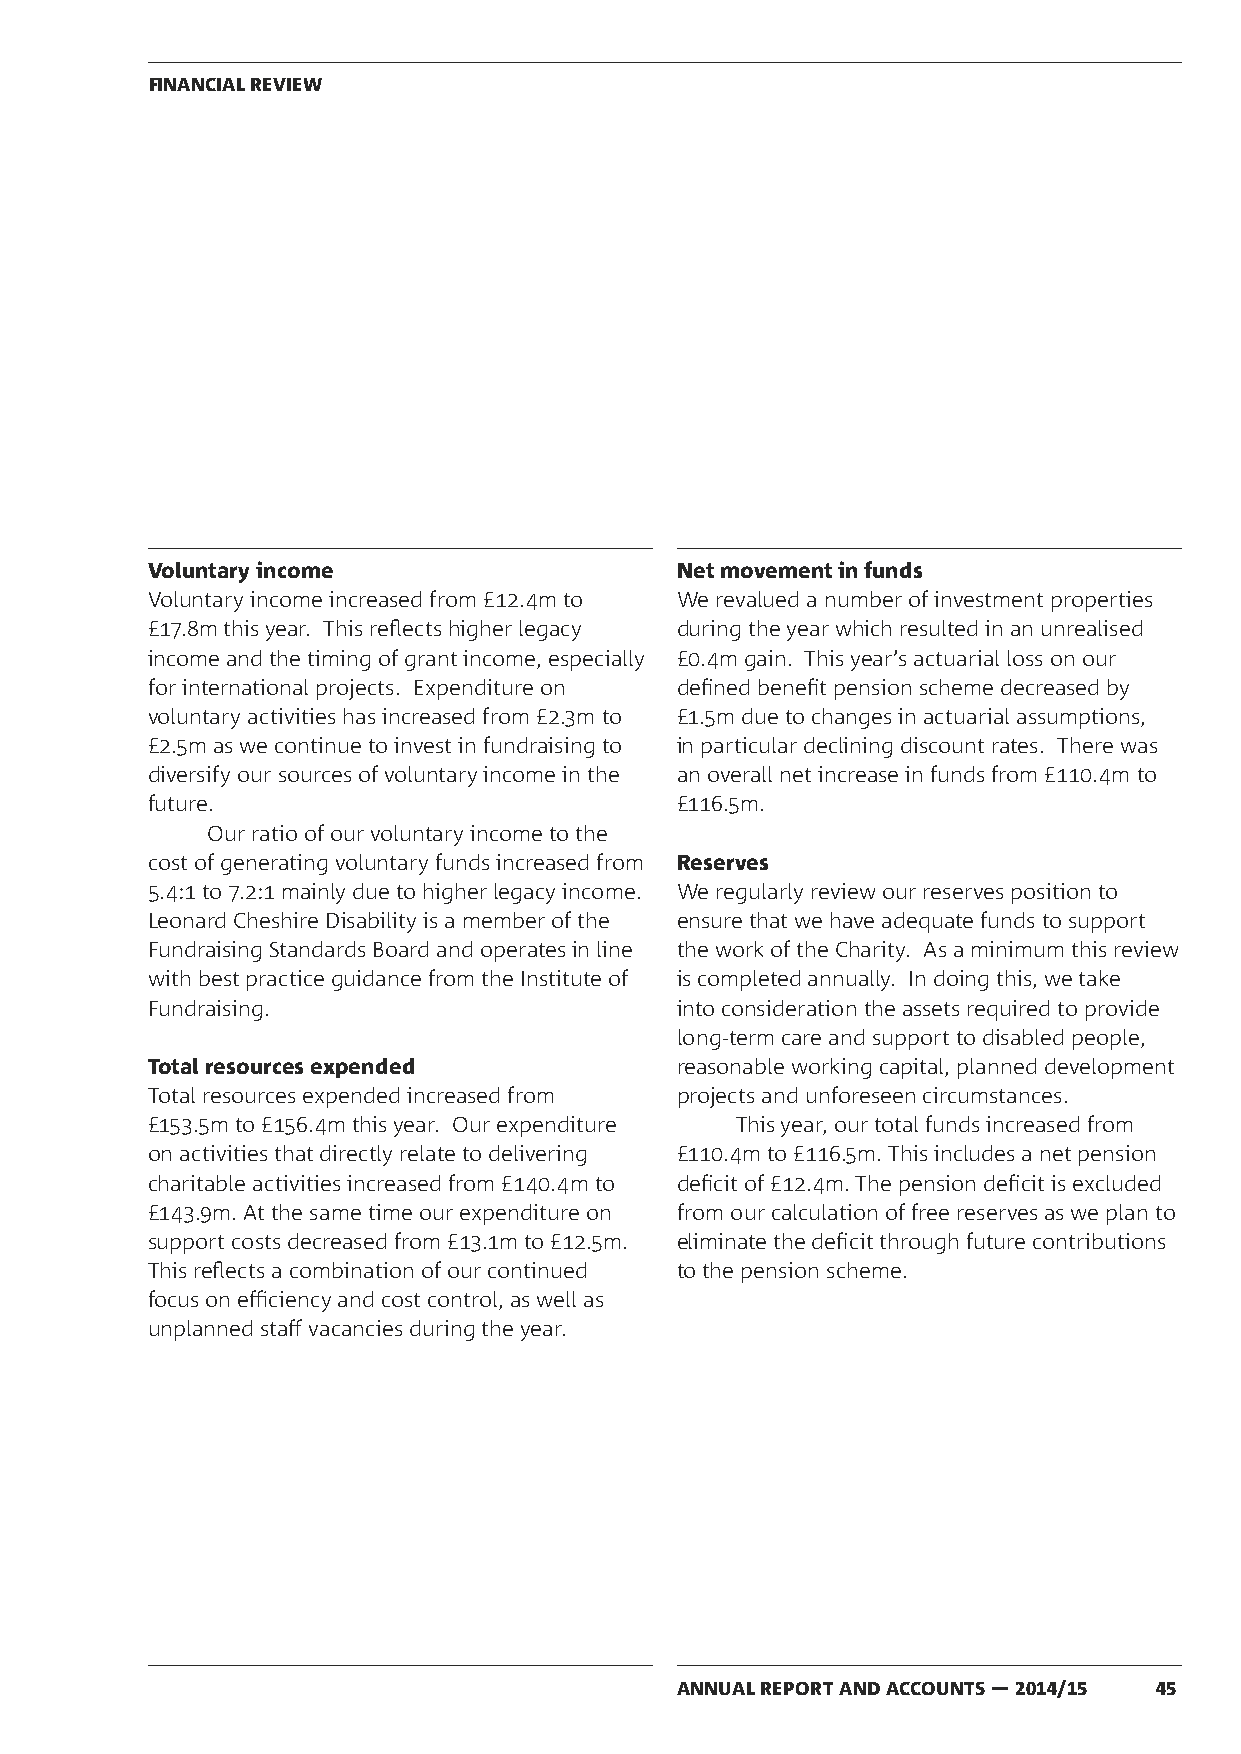
FINANCIAL REVIEW
 Voluntary income                   Net movement in funds
 Voluntary income increased from £12.4m to We revalued a number of investment properties
 £17.8m this year. This reflects higher legacy during the year which resulted in an unrealised
 income and the timing of grant income, especially £0.4m gain. This year’s actuarial loss on our
 for international projects. Expenditure on defined benefit pension scheme decreased by
 voluntary activities has increased from £2.3m to £1.5m due to changes in actuarial assumptions,
 £2.5m as we continue to invest in fundraising to in particular declining discount rates. There was
 diversify our sources of voluntary income in the an overall net increase in funds from £110.4m to
 future.                            £116.5m.
 Our ratio of our voluntary income to the
 cost of generating voluntary funds increased from Reserves
 5.4:1 to 7.2:1 mainly due to higher legacy income. We regularly review our reserves position to
 Leonard Cheshire Disability is a member of the ensure that we have adequate funds to support
 Fundraising Standards Board and operates in line the work of the Charity. As a minimum this review
 with best practice guidance from the Institute of is completed annually. In doing this, we take
 Fundraising.                       into consideration the assets required to provide
 long-term care and support to disabled people,
 Total resources expended           reasonable working capital, planned development
 Total resources expended increased from projects and unforeseen circumstances.
 £153.5m to £156.4m this year. Our expenditure This year, our total funds increased from
 on activities that directly relate to delivering £110.4m to £116.5m. This includes a net pension
 charitable activities increased from £140.4m to deficit of £12.4m. The pension deficit is excluded
 £143.9m. At the same time our expenditure on from our calculation of free reserves as we plan to
 support costs decreased from £13.1m to £12.5m. eliminate the deficit through future contributions
 This reflects a combination of our continued to the pension scheme.
 focus on efficiency and cost control, as well as
 unplanned staff vacancies during the year.
 ANNUAL REPORT AND ACCOUNTS — 2014/15 45